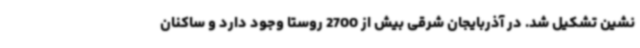
نشین تشکیل شد. در آذربایجان شرقی بیش از 2700 روستا وجود دارد و ساکنان